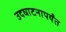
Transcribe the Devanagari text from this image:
उदघाटनापर्यंत